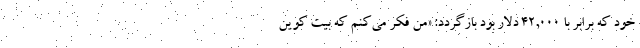
خود که برابر با ۴۲,۰۰۰ دلار بود بازگردد: «من فکر می‌کنم که بیت کوین